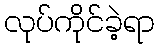
လုပ်ကိုင်ခဲ့ရာ